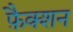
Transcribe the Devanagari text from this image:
फ़ैक्शन